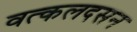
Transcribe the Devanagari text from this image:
वत्कलदसन